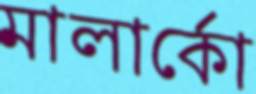
মালার্কো